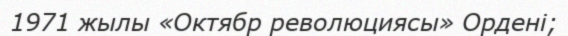
1971 жылы «Октябр революциясы» Ордені;